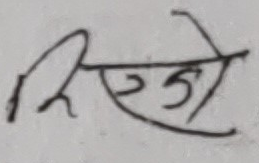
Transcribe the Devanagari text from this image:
मिजो